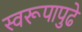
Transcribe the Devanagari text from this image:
स्वरूपापुढे